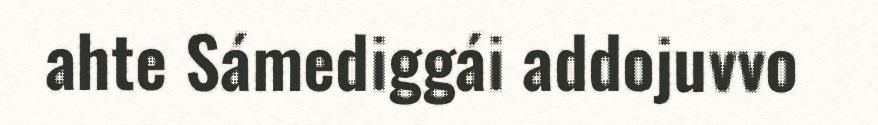
ahte Sámediggái addojuvvo